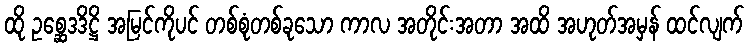
ထို ဥစ္ဆေဒဒိဋ္ဌိ အမြင်ကိုပင် တစ်စုံတစ်ခုသော ကာလ အတိုင်းအတာ အထိ အဟုတ်အမှန် ထင်လျက်